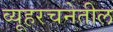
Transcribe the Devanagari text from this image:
व्यूहरचनेतील